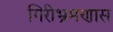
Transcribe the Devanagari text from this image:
गिरीभ्रमणास